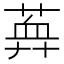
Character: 𦶯